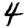
Digit: 4